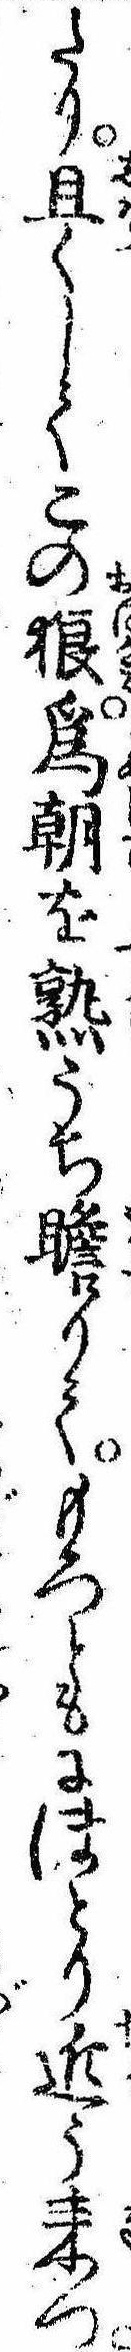
たり且くしてこの狼為朝を熟うち瞻りてもろともにほとり近う来つ